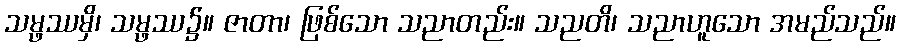
သမ္ဖဿမှိ၊ သမ္ဖဿ၌။ ဇာတာ၊ ဖြစ်သော သညာတည်း။ သညတိ၊ သညာဟူသော အမည်သည်။